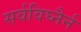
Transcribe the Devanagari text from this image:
सर्वविघ्नैर्न